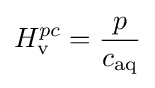
H_{\rm {v}}^{pc}={\frac {p}{c_{\text{aq}}}}